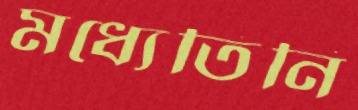
মধ্যেতিনি